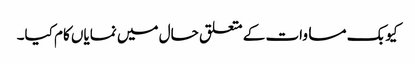
کیوبک مساوات کے متعلق حال میں نمایاں کام کیا۔